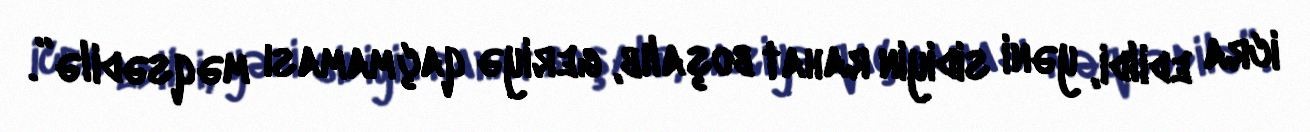
icra edildi, yəni sidiyin rahat boşalıb, geriyə qaçmaması məqsədilə”.